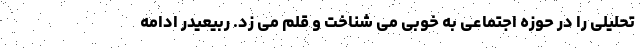
تحلیلی را در حوزه اجتماعی به خوبی می شناخت و قلم می زد. ربیعیدر ادامه